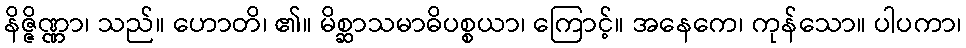
နိဇ္ဇိဏ္ဏာ၊ သည်။ ဟောတိ၊ ၏။ မိစ္ဆာသမာဓိပစ္စယာ၊ ကြောင့်။ အနေကေ၊ ကုန်သော။ ပါပကာ၊